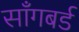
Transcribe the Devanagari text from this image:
साँगबर्ड